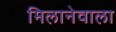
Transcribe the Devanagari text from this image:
मिलानेवाला